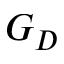
G _ { D }